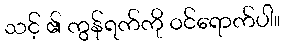
သင့် ၏ ကွန်ရက်ကို ဝင်ရောက်ပါ။